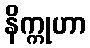
နိက္ကုဟာ